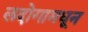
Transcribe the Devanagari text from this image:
लदोगामधून